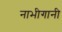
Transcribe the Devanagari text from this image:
नाभीगानी